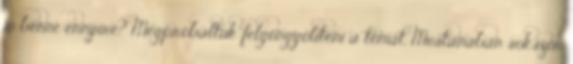
jó benne ennyire? Megpróbáltuk felgöngyölíteni a témát. Mostanában sokszor